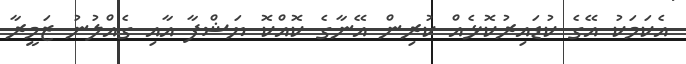
އެކަމަކު އޭގެ ކުޑައިރުކޮޅެއް ކުރިން އޭނާގެ ކޮއްކޮ ޔަޝްފާ އާއި ގެއްލުނު ޒަމީރާ